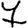
Digit: 7